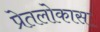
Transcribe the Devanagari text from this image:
प्रेतलोकास